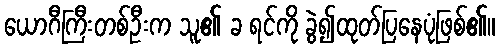
ယောဂီကြီးတစ်ဦးက သူ၏ ခ ရင်ကို ခွဲ၍ထုတ်ပြနေပုံဖြစ်၏။